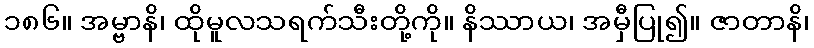
၁၈၆။ အမ္ဗာနိ၊ ထိုမူလသရက်သီးတို့ကို။ နိဿာယ၊ အမှီပြု၍။ ဇာတာနိ၊